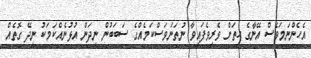
އެހެންނަމަވެސް އޭނާގެ ހިތަށް ވެރިވެފައިވާ ނުތަނަވަސްކަމެއްގެ ސަބަބުން ނިދަން އުޅުނެއްކަމަކު ނިދޭ ގޮތެއް